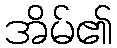
အိမ်၏